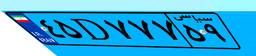
۴۵D۷۷۷۵۹